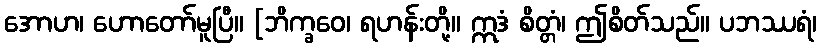
အောဟ၊ ဟောတော်မူပြီ။ [ဘိက္ခဝေ၊ ရဟန်းတို့။ ဣဒံ စိတ္တံ၊ ဤစိတ်သည်။ ပဘဿရံ၊